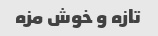
تازه و خوش مزه